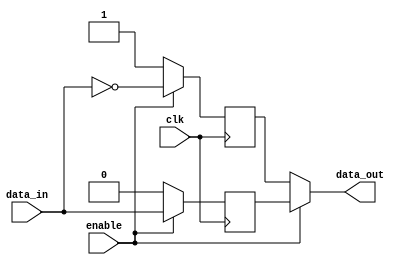
module push_pull_buffer (
    input wire clk,
    input wire enable,
    input wire data_in,
    output reg data_out
);

reg buffer_p;
reg buffer_n;

always @(posedge clk) begin
    if (enable) begin
        buffer_p <= data_in;
        buffer_n <= ~data_in;
    end else begin
        buffer_p <= 1'b0;
        buffer_n <= 1'b1;
    end
end

assign data_out = enable ? buffer_p : buffer_n;

endmodule